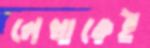
লেখাকেই